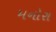
મનોરા